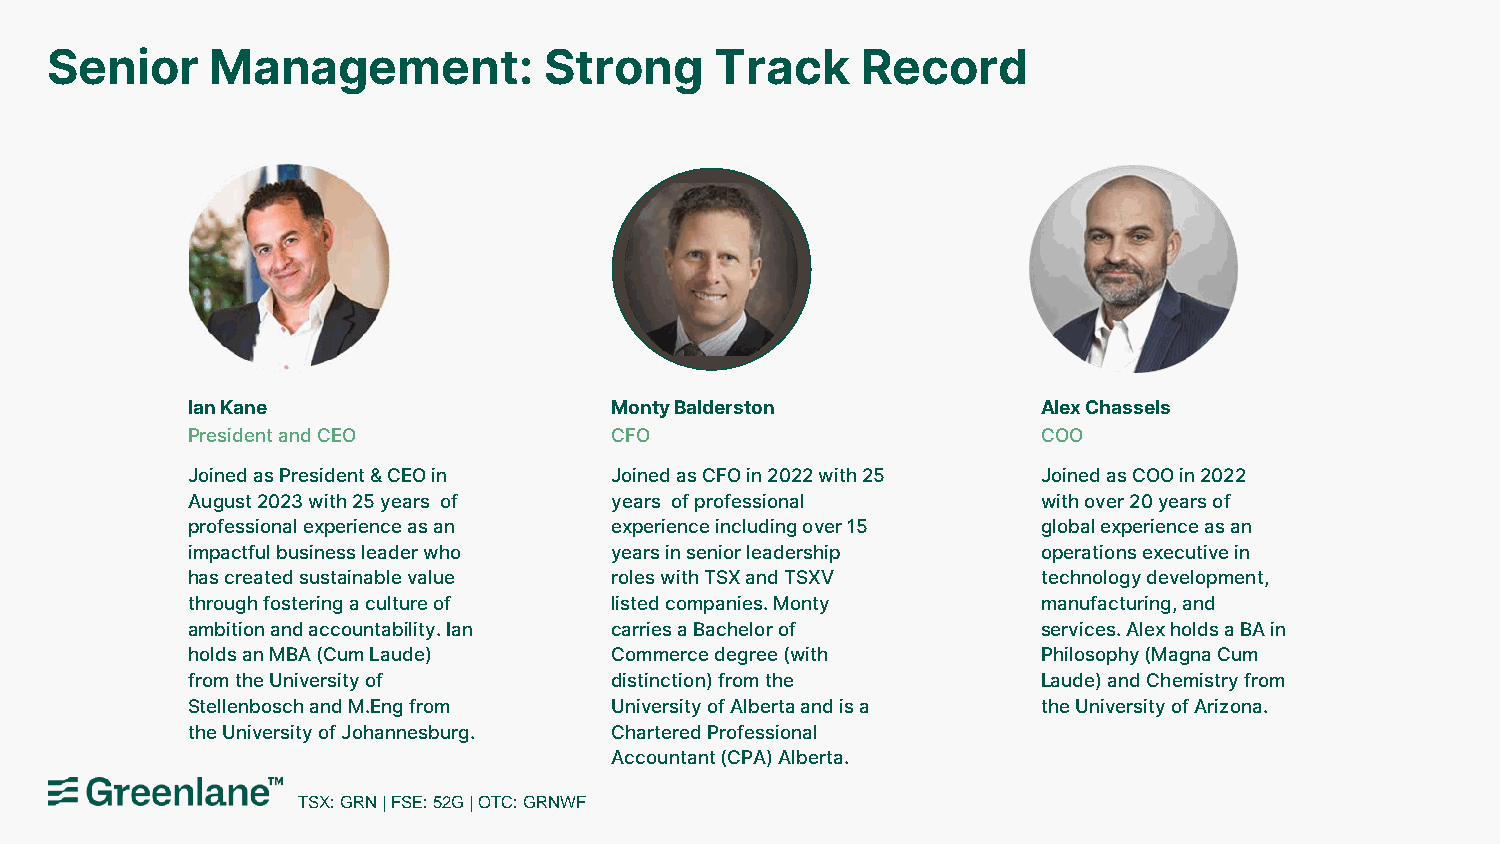
Senior     Management:           Strong     Track     Record
 Ian Kane                    Monty Balderston             Alex Chassels
 President and CEO           CFO                          COO
 Joined as President & CEO in Joined as CFO in 2022 with 25 Joined as COO in 2022
 August 2023 with 25 years of years of professional       with over 20 years of
 professional experience as an experience including over 15 global experience as an
 impactful business leader who years in senior leadership operations executive in
 has created sustainable value roles with TSX and TSXV    technology development,
 through fostering a culture of listed companies. Monty   manufacturing, and
 ambition and accountability. Ian carries a Bachelor of   services. Alex holds a BA in
 holds an MBA (Cum Laude)    Commerce degree (with        Philosophy (Magna Cum
 from the University of      distinction) from the        Laude) and Chemistry from
 Stellenbosch and M.Eng from University of Alberta and is a the University of Arizona.
 the University of Johannesburg. Chartered Professional
 Accountant (CPA) Alberta.
 TSX: GRN | FSE: 52G | OTC: GRNWF